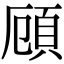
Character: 頋